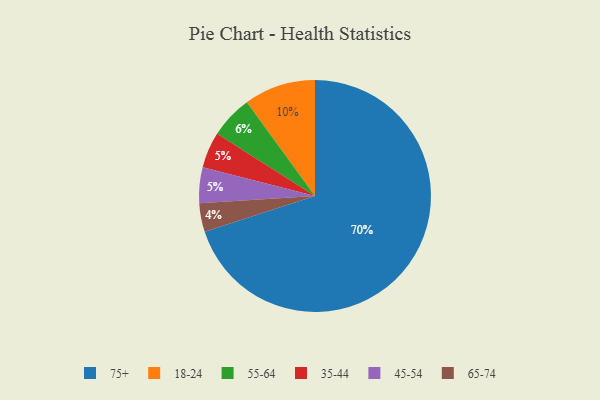
{"axis": {"x": "Category", "y": "Percentage"}, "legend": ["18-24", "35-44", "45-54", "55-64", "65-74", "75+"], "data": [{"x": "75+", "y": 70, "type": "75+"}, {"x": "18-24", "y": 10, "type": "18-24"}, {"x": "35-44", "y": 5, "type": "35-44"}, {"x": "45-54", "y": 5, "type": "45-54"}, {"x": "55-64", "y": 6, "type": "55-64"}, {"x": "65-74", "y": 4, "type": "65-74"}]}